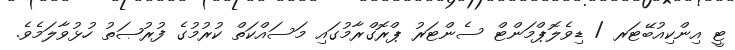
ޓީ އިންކިއުބޭޓަރ / ޑިވެލޮޕްމަންޓް ސެންޓަރު ޕްރޮގްރާމުގައި މަސައްކަތް ކުރުމުގެ ފުރުޞަތު ހުޅުވާލަމެވެ.